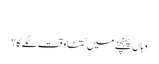
‬
‫وہاں پہنچنے میں کتنا وقت لگے گا؟